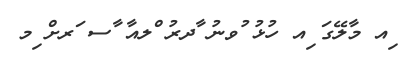
ިއ މާލޭގަ ިއ ހުޅު ުވނު ާދރު ްލއާ ާސ ަރށް ިމ